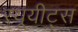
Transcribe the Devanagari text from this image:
स्यूयीट्स